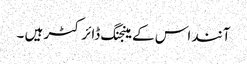
آنند اس کے مینجنگ ڈائرکٹر ہیں ۔